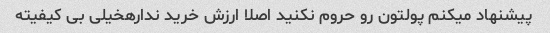
پیشنهاد میکنم پولتون رو حروم نکنید اصلا ارزش خرید ندارهخیلی بی کیفیته